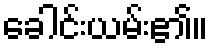
ခေါင်းယမ်း၏။